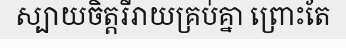
ស្បាយចិត្តរីរាយគ្រប់គ្នា ព្រោះតែ